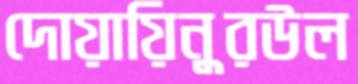
দোয়ায়িনুরউল